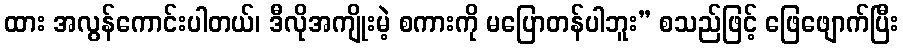
ထား အလွန်ကောင်းပါတယ်၊ ဒီလိုအကျိုးမဲ့ စကားကို မပြောတန်ပါဘူး” စသည်ဖြင့် ဖြေဖျောက်ပြီး